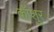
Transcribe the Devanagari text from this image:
कॉशुर